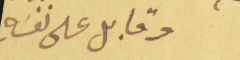
وقابل على نفسَهِ